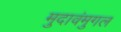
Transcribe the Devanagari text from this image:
मुदावंमुगल